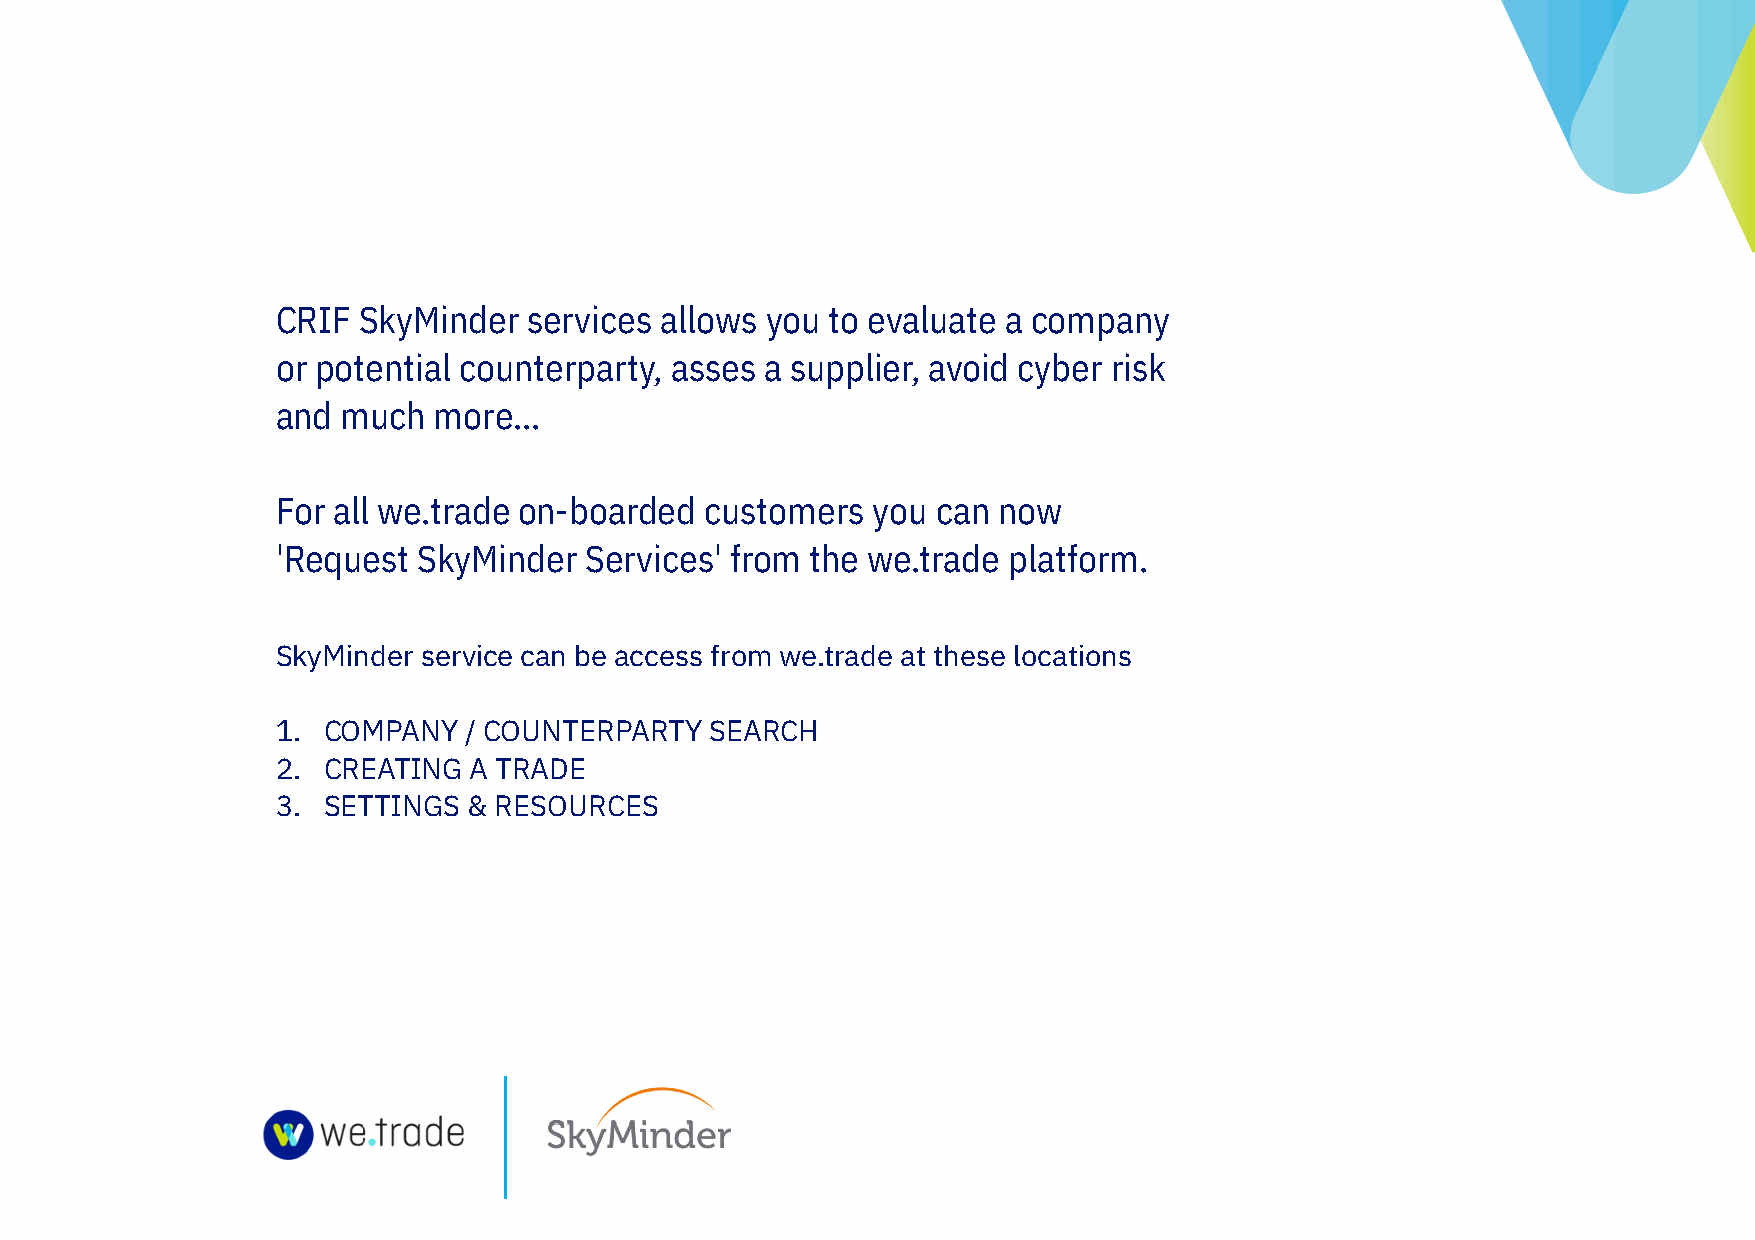
CRIF  SkyMinder  services allows you to evaluate a company
 or potential counterparty, asses a supplier, avoid cyber risk
 and  much  more...
 For all we.trade on-boarded  customers  you can now
 'Request  SkyMinder  Services' from the we.trade platform.
 SkyMinder service can be access from we.trade at these locations
 1. COMPANY   / COUNTERPARTY  SEARCH
 2. CREATING  A TRADE
 3. SETTINGS  & RESOURCES